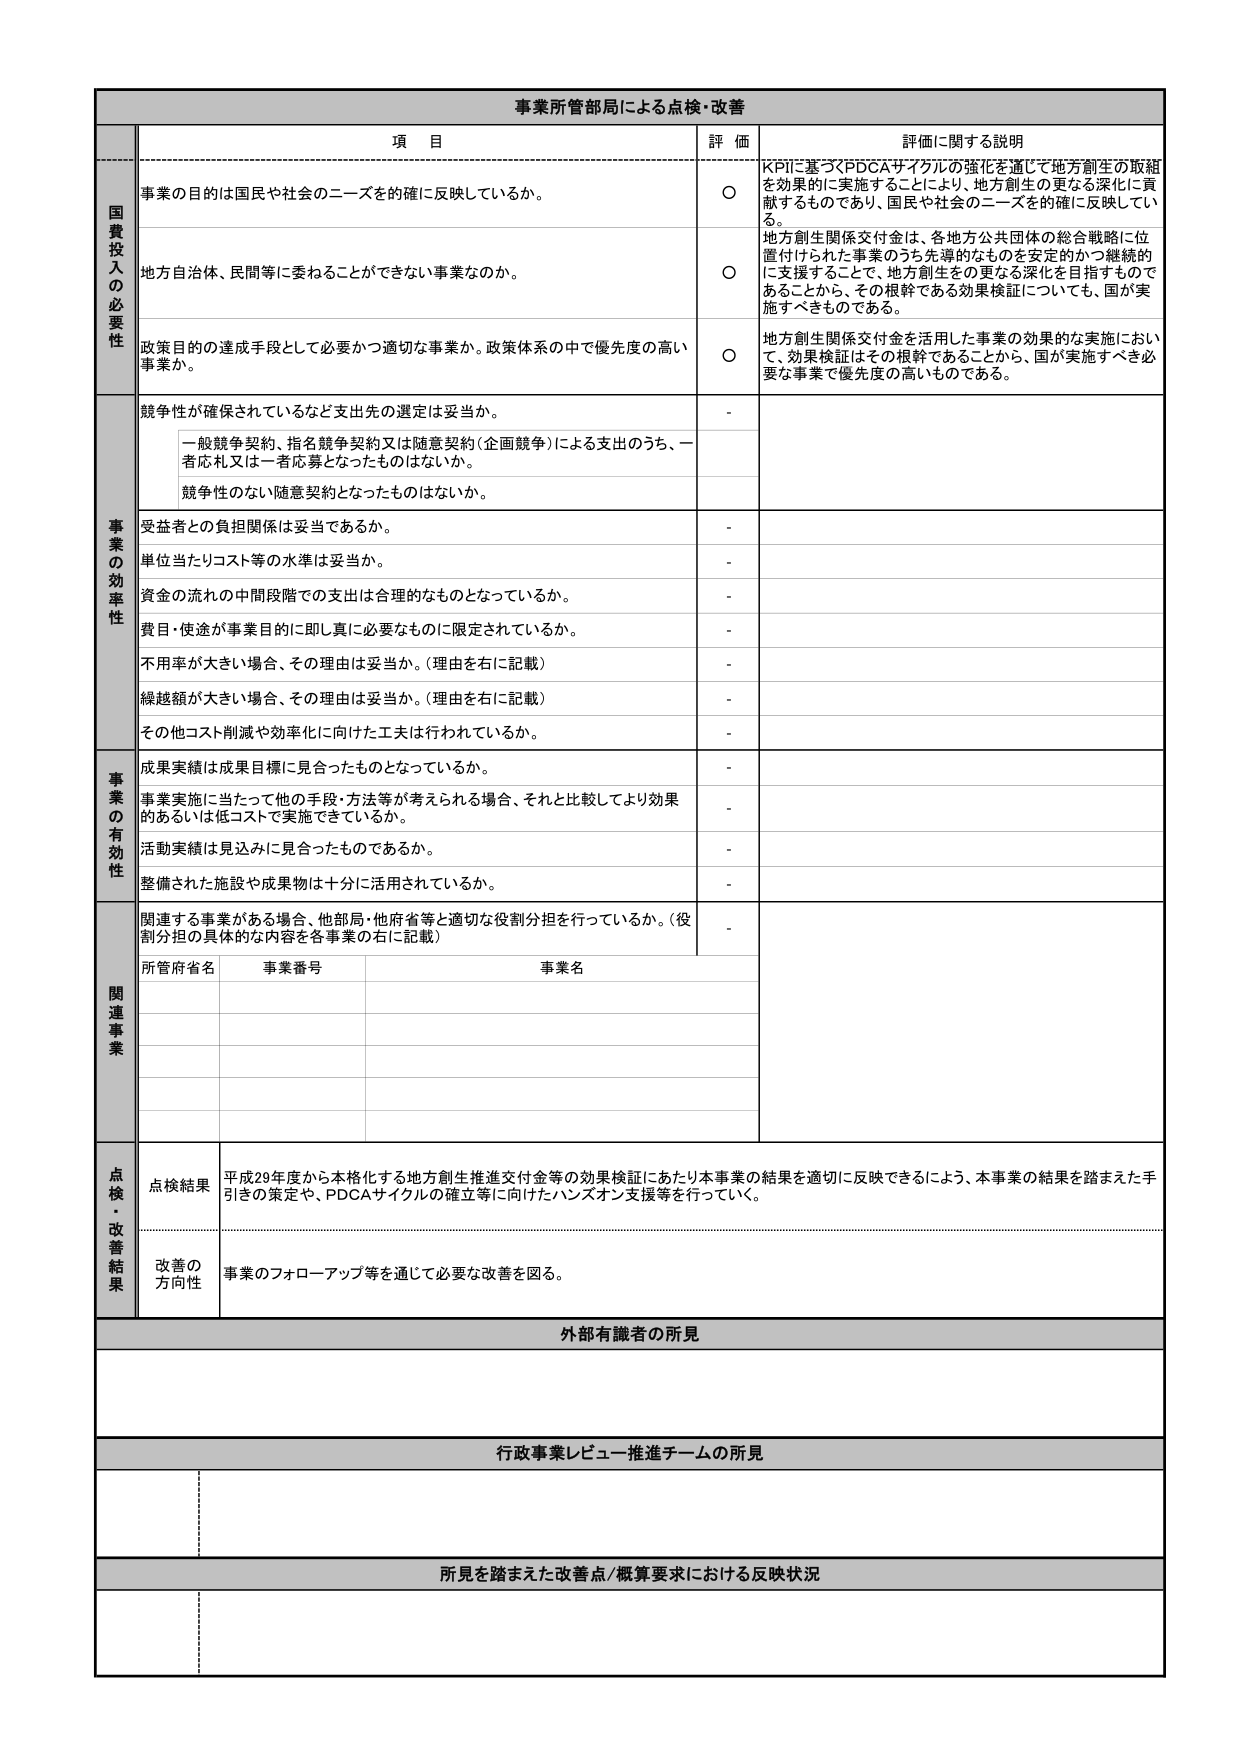
事業所管部局による点検・改善

項 目 評 価 評価に関する説明

国費投入の必要性
事業の目的は国民や社会のニーズを確に反映しているか。
○ KPIに基づくPDCAサイクルの強化を通じて地方創生の取組を効果的に実施することにより、地方創生の更なる深化に貢献するものであり、国民や社会のニーズを的確に反映している。

地方自治体、民間等に委ねることができない事業なのか。
○ 地方創生関係交付金は、各地方公共団体の総合戦略に位置付けられた事業のうち先導的なものを安定的かつ継続的に支援することで、地方創生をの更なる深化を目指すものであることから、その根幹である効果検証についても、国が実施すべきものである。

政策目的の達成手段として必要かつ適切な事業か。政策体系の中で優先度の高い事業か。
○ 地方創生関係交付金を活用した事業の効果的な実施において、効果検証はその根幹であることから、国が実施すべき必要な事業で優先度の高いものである。

事業の効率性
競争性が確保されているなど支出先の選定は妥当か。
-
一般競争契約、指名競争契約又は随意契約（企画競争）による支出のうち、一者応札又は一者応募となったものはないか。
-
競争性のない随意契約となったものはないか。
-
受益者との負担関係は妥当であるか。
-
単位当たりコスト等の水準は妥当か。
-
資金の流れの中間段階での支出は合理的なものとなっているか。
-
費目・用途が事業目的に即し真に必要なものに限定されているか。
-
不用率が大きい場合、その理由は妥当か。（理由を右に記載）
-
繰越額が大きい場合、その理由は妥当か。（理由を右に記載）
-
その他コスト削減や効率化に向けた工夫は行われているか。
-

事業の有効性
成果実績は成果目標に見合ったものとなっているか。
-
事業実施に当たって他の手段・方法等が考えられる場合、それと比較してより効果的あるいは低コストで実施できているか。
-
活動実績は見込みに見合ったものであるか。
-
整備された施設や成果物は十分に活用されているか。
-

関連事業
関連する事業がある場合、他部局・他府省等と適切な役割分担を行っているか。（役割分担の具体的な内容を各事業の右に記載）
-
所管府省名 事業番号 事業名

点検・改善結果
点検結果 平成29年度から本格化する地方創生推進交付金等の効果検証にあたり本事業の結果を適切に反映できるよう、本事業の結果を踏まえた手引きの策定や、PDCAサイクルの確立等に向けたハンズオン支援等を行っていく。
改善の方向性 事業のフォローアップ等を通じて必要な改善を図る。

外部有識者の所見

行政事業レビュー推進チームの所見

所見を踏まえた改善点/概算要求における反映状況